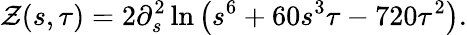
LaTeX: \mathcal{Z}(s,\tau)=2\partial_{s}^{2}\ln\left(s^{6}+60s^{3}\tau-720\tau^{2}\right).